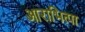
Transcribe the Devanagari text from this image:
आराभित्पा